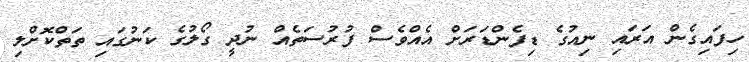
ހިފައިގެން އަރައި ނިއުގެ ޑިފެންޑަރަށް އެއްވެސް ފުރުސަތެއް ނުދީ ގޯލުގެ ކަނުގައި ތަތްކޮށްލި